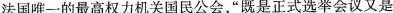
法国唯一的最高权力机关国民公会，”既是正式选举会议又是